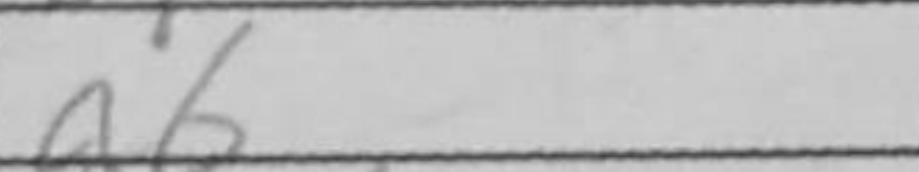
Transcription: a6